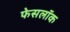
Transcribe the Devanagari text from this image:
फेसलॉक